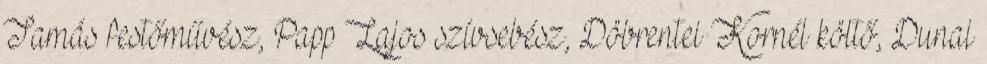
Tamás festőművész, Papp Lajos szívsebész, Döbrentei Kornél költő, Dunai